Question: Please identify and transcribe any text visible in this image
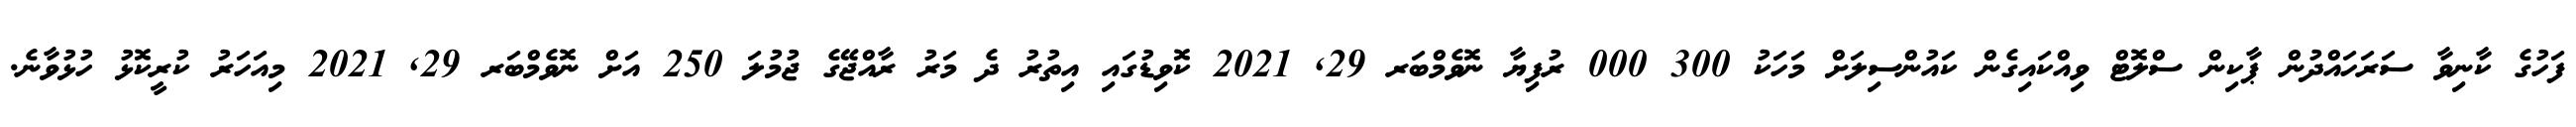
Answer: ފަހުގެ ކާނިވާ ސަރަހައްދުން ޕާކިން ސްލޮޓް ވިއްކައިގެން ކައުންސިލަށް މަހަކު 300 000 ރުފިޔާ ނޮވެމްބަރ 29, 2021 ކޮވިޑުގައި އިތުރު ދެ މަރު ރާއްޖޭގެ ޖުމުލަ 250 އަށް ނޮވެމްބަރ 29, 2021 މިއަހަރު ކުރީކޮޅު ހުޅުވާނެ.